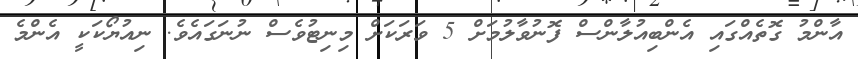
އާންމު ގޮތެއްގައި އެންބިއުލާންސް ފޮނުވާލުމަށް 5 ވަރަަކަށް މިނިޓުވެސް ނުނަގައެވެ. ނިއުޔޯކަކީ އެންމެ